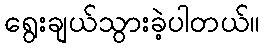
ရွေးချယ်သွားခဲ့ပါတယ်။